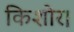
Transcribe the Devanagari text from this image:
किशोर।